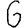
Digit: 6